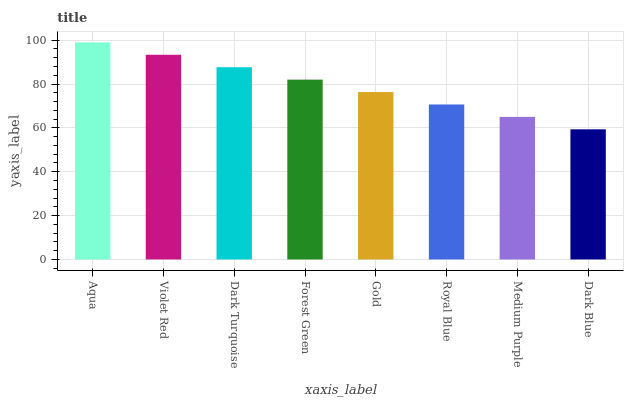
| xaxis_label | bars |
 | --- | --- |
 | Aqua | 99 |
 | Violet Red | 93.3 |
 | Dark Turquoise | 87.7 |
 | Forest Green | 82 |
 | Gold | 76.3 |
 | Royal Blue | 70.7 |
 | Medium Purple | 65 |
 | Dark Blue | 59.3 |